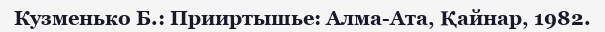
Кузменько Б.: Прииртышье: Алма-Ата, Қайнар, 1982.